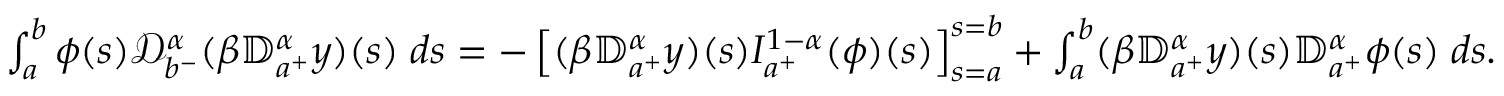
\begin{array} { r } { \int _ { a } ^ { b } \phi ( s ) { \mathcal D } _ { b ^ { - } } ^ { \alpha } ( \beta { \mathbb D } _ { a ^ { + } } ^ { \alpha } y ) ( s ) \; d s = - \left[ ( \beta { \mathbb D } _ { a ^ { + } } ^ { \alpha } y ) ( s ) I _ { a ^ { + } } ^ { 1 - \alpha } ( \phi ) ( s ) \right] _ { s = a } ^ { s = b } + \int _ { a } ^ { b } ( \beta { \mathbb D } _ { a ^ { + } } ^ { \alpha } y ) ( s ) { \mathbb D } _ { a ^ { + } } ^ { \alpha } \phi ( s ) \; d s . } \end{array}